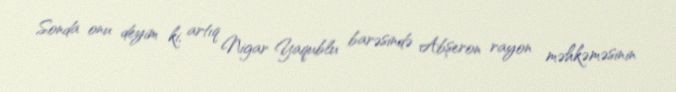
Sonda onu deyim ki, artıq Nigar Yaqublu barəsində Abşeron rayon məhkəməsinin